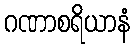
ဂဏာစရိယာနံ